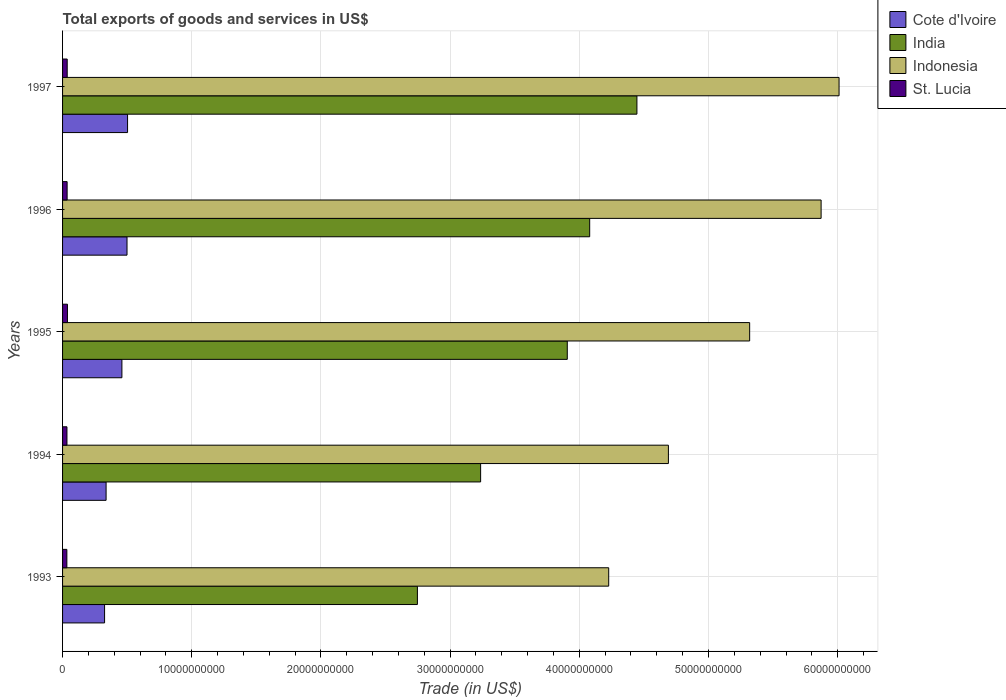
| Years | Cote d'Ivoire | India | Indonesia | St. Lucia |
 | --- | --- | --- | --- | --- |
 | 1993 | 3.25e+09 | 2.75e+10 | 4.23e+10 | 3.33e+08 |
 | 1994 | 3.37e+09 | 3.24e+10 | 4.69e+10 | 3.4e+08 |
 | 1995 | 4.59e+09 | 3.91e+10 | 5.32e+10 | 3.79e+08 |
 | 1996 | 4.99e+09 | 4.08e+10 | 5.87e+10 | 3.53e+08 |
 | 1997 | 5.03e+09 | 4.45e+10 | 6.01e+10 | 3.59e+08 |